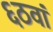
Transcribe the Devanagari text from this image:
६ठवां